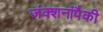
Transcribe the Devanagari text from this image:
जंक्शनांपैकी